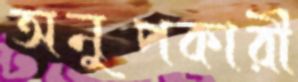
অনুপকারী